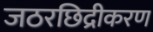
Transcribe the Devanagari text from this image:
जठरछिद्रीकरण